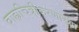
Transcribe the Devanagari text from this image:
बाह्यचित्रीकरणाच्या